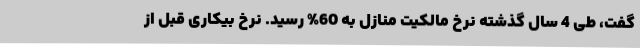
گفت، طی 4 سال گذشته نرخ مالکیت منازل به 60% رسید. نرخ بیکاری قبل از